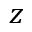
z